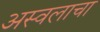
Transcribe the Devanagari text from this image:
अस्वलाचा